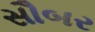
સૌબર